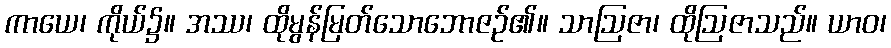
ကာယေ၊ ကိုယ်၌။ အဿ၊ ထိုမွန်မြတ်သောဘောဇဉ်၏။ သာဩဇာ၊ ထိုဩဇာသည်။ ယာဝ၊